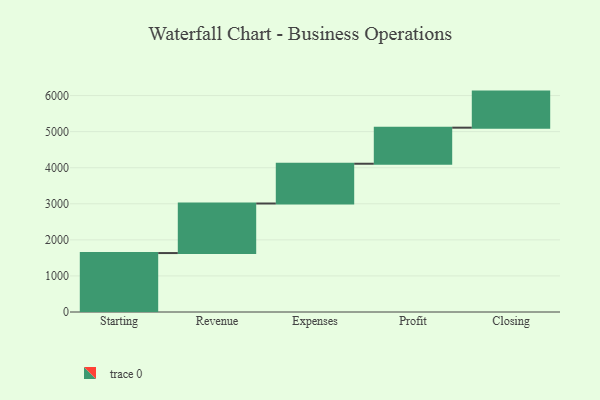
{"axis": {"x": "Step", "y": "Value"}, "legend": [""], "data": [{"x": "Starting", "y": 1634.0, "type": ""}, {"x": "Revenue", "y": 1374.0, "type": ""}, {"x": "Expenses", "y": 1102.0, "type": ""}, {"x": "Profit", "y": 1000, "type": ""}, {"x": "Closing", "y": 1000, "type": ""}]}